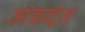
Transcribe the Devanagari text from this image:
अंडदंत